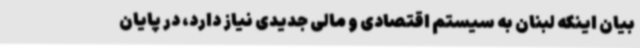
بیان اینکه لبنان به سیستم اقتصادی و مالی جدیدی نیاز دارد، در پایان